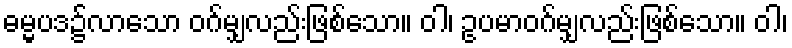
ဓမ္မပဒ၌လာသော ဝဂ်မျှလည်းဖြစ်သော။ ဝါ၊ ဥပမာဝဂ်မျှလည်းဖြစ်သော။ ဝါ၊